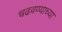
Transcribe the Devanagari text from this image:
चढवण्याच्या